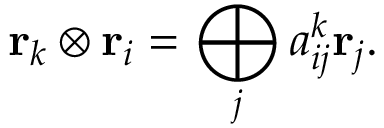
{ \bf r } _ { k } \otimes { \bf r } _ { i } = \bigoplus _ { j } a _ { i j } ^ { k } { \bf r } _ { j } .